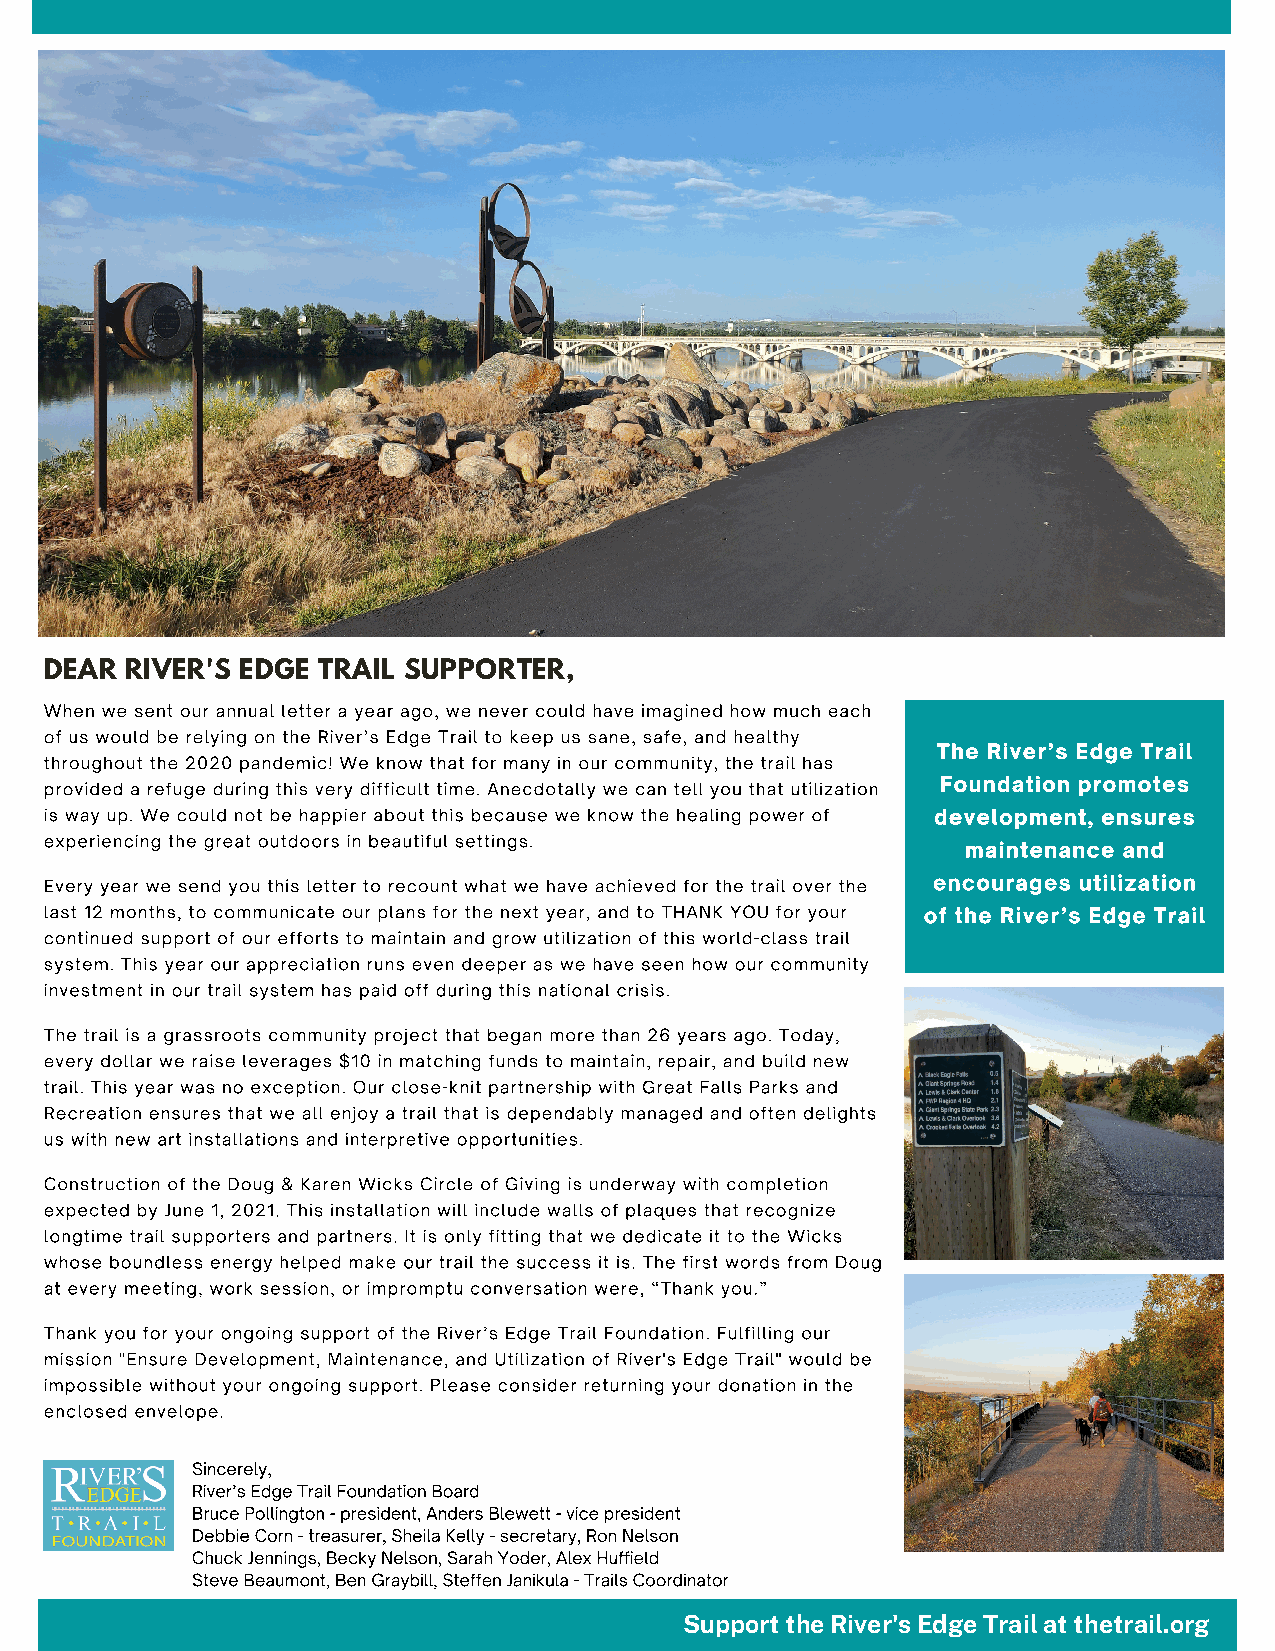
DEAR RIVER'S EDGE TRAIL SUPPORTER,
 When we sent our annual letter a year ago, we never could have imagined how much each
 of us would be relying on the River’s Edge Trail to keep us sane, safe, and healthy
 The River’s Edge Trail
 throughout the 2020 pandemic! We know that for many in our community, the trail has
 Foundation promotes
 provided a refuge during this very difficult time. Anecdotally we can tell you that utilization
 is way up. We could not be happier about this because we know the healing power of development, ensures
 experiencing the great outdoors in beautiful settings.       maintenance and
 Every year we send you this letter to recount what we have achieved for the trail over the encourages utilization
 last 12 months, to communicate our plans for the next year, and to THANK YOU for your of the River’s Edge Trail
 continued support of our efforts to maintain and grow utilization of this world-class trail
 system. This year our appreciation runs even deeper as we have seen how our community
 investment in our trail system has paid off during this national crisis.
 The trail is a grassroots community project that began more than 26 years ago. Today,
 every dollar we raise leverages $10 in matching funds to maintain, repair, and build new
 trail. This year was no exception. Our close-knit partnership with Great Falls Parks and
 Recreation ensures that we all enjoy a trail that is dependably managed and often delights
 us with new art installations and interpretive opportunities.
 Construction of the Doug & Karen Wicks Circle of Giving is underway with completion
 expected by June 1, 2021. This installation will include walls of plaques that recognize
 longtime trail supporters and partners. It is only fitting that we dedicate it to the Wicks
 whose boundless energy helped make our trail the success it is. The first words from Doug
 at every meeting, work session, or impromptu conversation were, “Thank you.”
 Thank you for your ongoing support of the River’s Edge Trail Foundation. Fulfilling our
 mission "Ensure Development, Maintenance, and Utilization of River's Edge Trail" would be
 impossible without your ongoing support. Please consider returning your donation in the
 enclosed envelope.
 Sincerely,
 River’s Edge Trail Foundation Board
 Bruce Pollington - president, Anders Blewett - vice president
 Debbie Corn - treasurer, Sheila Kelly - secretary, Ron Nelson
 Chuck Jennings, Becky Nelson, Sarah Yoder, Alex Huffield
 Steve Beaumont, Ben Graybill, Steffen Janikula - Trails Coordinator
 Support the River's Edge Trail at thetrail.org